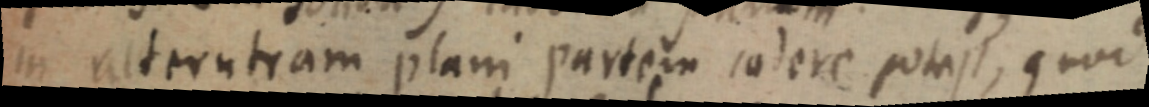
in alterutram plani partem cadere potest, quod